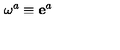
\mathbf { \omega } ^ { a } \equiv \mathbf { e } ^ { a }